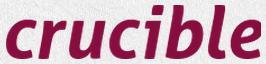
crucible